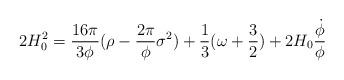
LaTeX: \begin{align*}2H_{0}^{2}=\frac{16{\pi}}{3{\phi}}({\rho}-\frac{2{\pi}}{\phi}{\sigma}^{2})+\frac{1}{3}({\omega}+\frac{3}{2})+2H_{0}\frac{\dot{\phi}}{\phi}\end{align*}